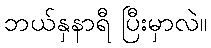
ဘယ်နှနာရီ ပြီးမှာလဲ။